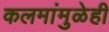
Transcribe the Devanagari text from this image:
कलमांमुळेही